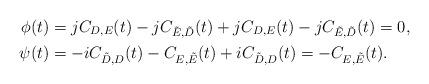
LaTeX: \begin{align*}\phi(t) &= jC_{D,E}(t) - jC_{\tilde E,\tilde D}(t) + jC_{D,E}(t) -jC_{\tilde E,\tilde D}(t) = 0, \\\psi(t) &= -iC_{\tilde D,D}(t) - C_{E,\tilde E}(t) + iC_{\tilde D,D}(t) = -C_{E,\tilde E}(t) .\end{align*}